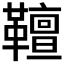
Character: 𩍕